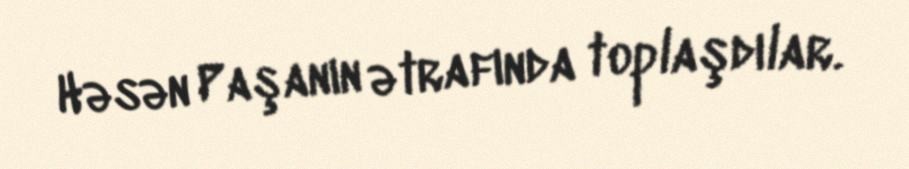
Həsən Paşanın ətrafında toplaşdılar.